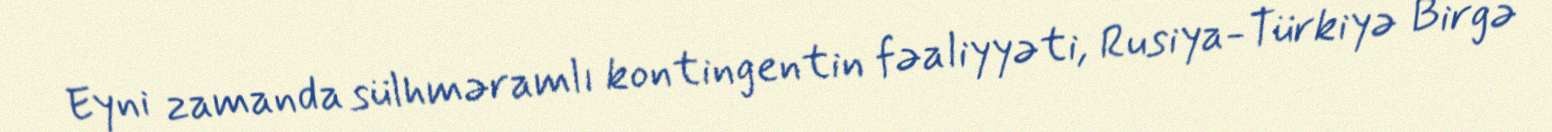
Eyni zamanda sülhməramlı kontingentin fəaliyyəti, Rusiya-Türkiyə Birgə